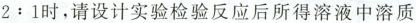
$$2:1$$时，请设计实验检验反应后所得溶液中溶质